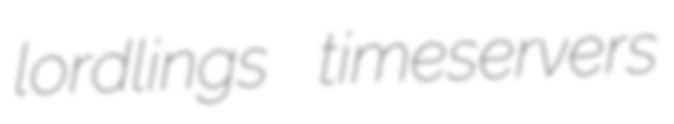
lordlings timeservers